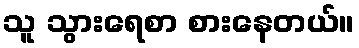
သူ သွားရေစာ စားနေတယ်။